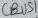
Text: CBUS1